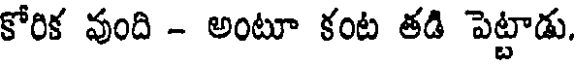
కోరిక వుంది - అంటూ కంట తడి పెట్టాడు.